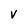
Character: V